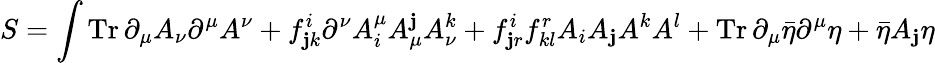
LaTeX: S=\int\operatorname{Tr}\partial_{\mu}A_{\nu}\partial^{\mu}A^{\nu}+f_{\mathbf{j}k}^{i}\partial^{\nu}A_{i}^{\mu}A_{\mu}^{\mathbf{j}}A_{\nu}^{k}+f_{\mathbf{j}r}^{i}f_{kl}^{r}A_{i}A_{\mathbf{j}}A^{k}A^{l}+\operatorname{Tr}\partial_{\mu}{\bar{{\eta}}}\partial^{\mu}\eta+{\bar{{\eta}}}A_{\mathbf{j}}\eta